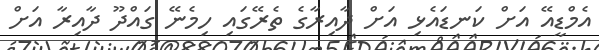
އެމްޑީއޭ އަށް ކަނޑައެޅި އަށް ދާއިރާގެ ތެރޭގައި ހިމެނޭ ގައްދޫ ދާއިރާ އަށް